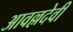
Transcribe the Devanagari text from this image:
आवल्लदेवी